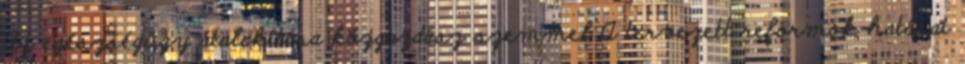
Az egészségügy átalakítása közgazdász szemmel A tervezett reformok hatásai